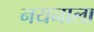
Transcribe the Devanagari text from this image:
नयनाला